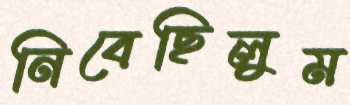
নিবেছিলুম